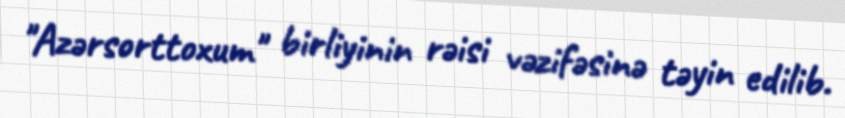
"Azərsorttoxum" birliyinin rəisi vəzifəsinə təyin edilib.